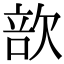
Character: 㰴